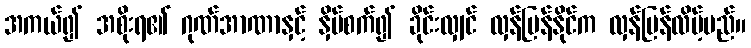
အကယ်၍ အစိုးရ၏ ဂုဏ်အာဏာနှင့် နှိပ်စက်၍ ခိုင်းလျှင် လှန်ပြန်နိုင်က လှန်ပြန်လိမ့်မည်။